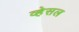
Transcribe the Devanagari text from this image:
व्हेसल